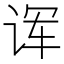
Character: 诨